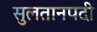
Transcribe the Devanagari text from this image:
सुलतानपदी